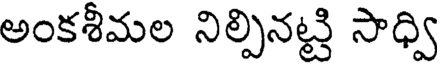
అంకశీమల నిల్పినట్టి సాధ్వి